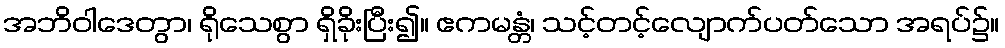
အဘိဝါဒေတွာ၊ ရိုသေစွာ ရှိခိုးပြီး၍။ ဧကမန္တံ၊ သင့်တင့်လျောက်ပတ်သော အရပ်၌။